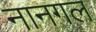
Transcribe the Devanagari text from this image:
नानगल